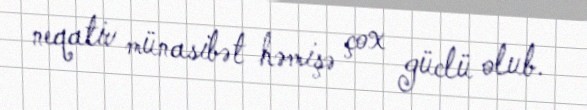
neqativ münasibət həmişə çox güclü olub.